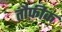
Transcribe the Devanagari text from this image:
तौफ़ीक